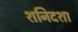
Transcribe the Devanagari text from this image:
शनिदशा